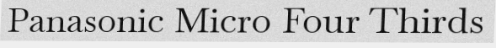
Panasonic Micro Four Thirds